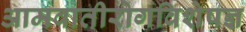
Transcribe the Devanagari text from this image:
आमवातीरोगविशेषज्ञ